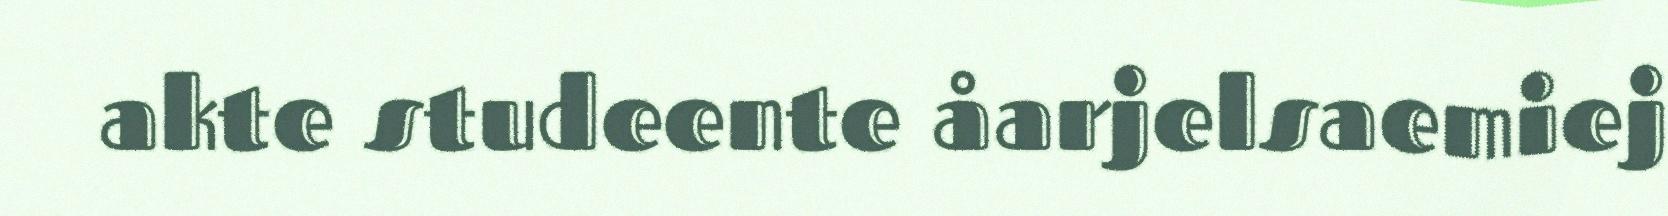
akte studeente åarjelsaemiej